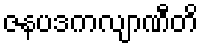
ဇနပဒကလျာဏီတိ